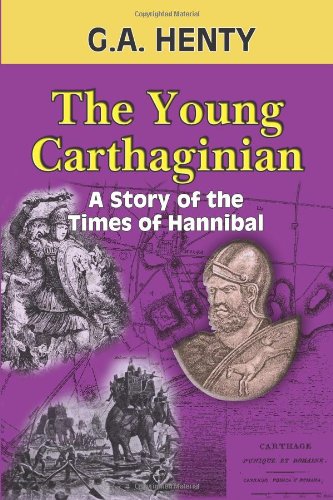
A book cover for The Young Carthaginian: A Story of the Times of Hannibal; G. A. Henty; Teen & Young Adult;